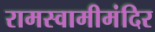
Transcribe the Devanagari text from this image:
रामस्वामीमंदिर